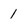
Character: 1